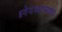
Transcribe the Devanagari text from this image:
॥वेदव्यासश्च